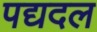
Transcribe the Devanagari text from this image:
पद्यदल